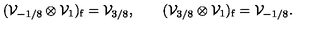
( { \cal V } _ { - 1 / 8 } \otimes { \cal V } _ { 1 } ) _ { \mathrm { f } } = { \cal V } _ { 3 / 8 } , \qquad ( { \cal V } _ { 3 / 8 } \otimes { \cal V } _ { 1 } ) _ { \mathrm { f } } = { \cal V } _ { - 1 / 8 } .